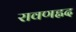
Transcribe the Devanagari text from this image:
रावणह्नद